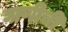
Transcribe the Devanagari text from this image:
घाणीची